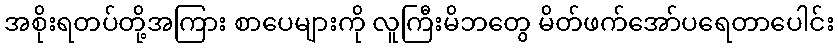
အစိုးရတပ်တို့အကြား စာပေများကို လူကြီးမိဘတွေ မိတ်ဖက်အော်ပရေတာပေါင်း